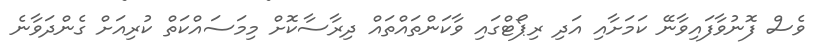
ވެސް ފޮނުވާފައިވާނޭ ކަމަށާއި އަދި ރިޕޯޓްގައި ވާކަންތައްތައް ދިރާސާކޮށް މިމަސައްކަތް ކުރިއަށް ގެންދަވާނެ